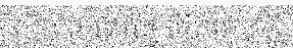
សិន្ធ ព អមរិន្ទ កើតមាន ក្តី